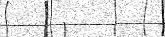
)